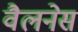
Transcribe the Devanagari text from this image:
वैलनेस